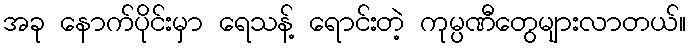
အခု နောက်ပိုင်းမှာ ရေသန့် ရောင်းတဲ့ ကုမ္ပဏီတွေများလာတယ်။